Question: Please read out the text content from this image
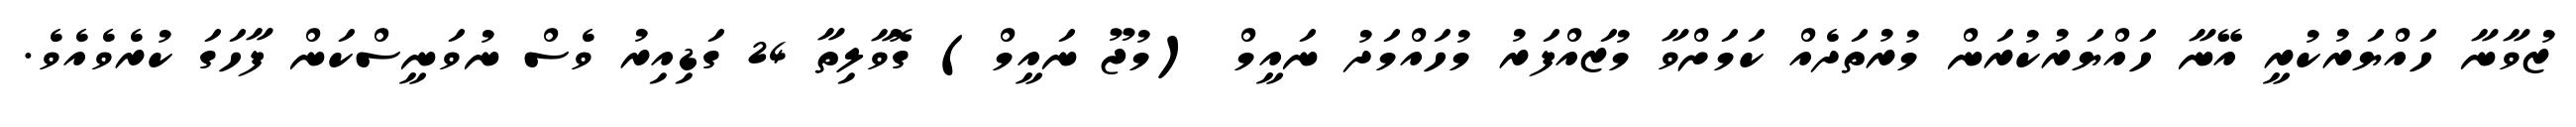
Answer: ޒުވާނާ ހައްޔަރުކުރީ އޭނާ ހައްޔަރުކުރަން މުރުތަދެއް ކަމަށްވާ މުޒައްފަރު މުހައްމަދު ނައީމް (މުޖޫ ނައީމް) ގޮވާލިތާ 24 ގަޑިއިރު ވެސް ނުވަނީސްކަން ފާހަގަ ކުރެވެއެވެ.